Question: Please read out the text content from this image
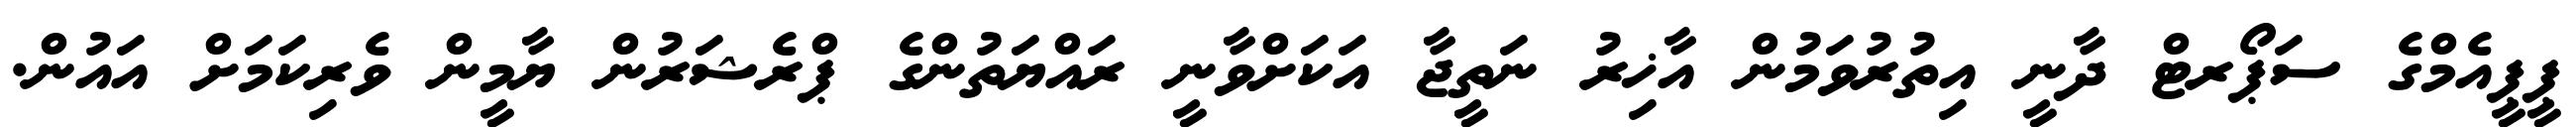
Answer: ޕީޕީއެމްގެ ސަޕޯރޓް ދާނީ އިތުރުވަމުން އާޚިރު ނަތީޖާ އަކަށްވާނީ ރައްޔަތުންގެ ޕްރެޝަރުން ޔާމީން ވެރިކަމަށް އައުން.